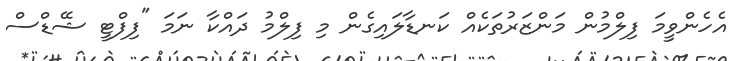
އެހެންވީމަ ފިލްމުން މަންޒަރުތަކެއް ކަނޑާލައިގެން މި ފިލްމު ދައްކާ ނަމަ "ފިފްޓީ ޝޭޑްސް